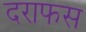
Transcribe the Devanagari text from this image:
दराफस